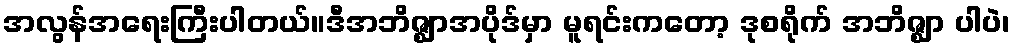
အလွန်အရေးကြီးပါတယ်။ဒီအဘိဇ္ဈာအပိုဒ်မှာ မူရင်းကတော့ ဒုစရိုက် အဘိဇ္ဈာ ပါပဲ၊